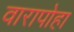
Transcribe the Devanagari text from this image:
वारापोहा